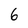
Character: 6